Lunatic asylums Burma 1907-21 - 1907-1921
Year: 1907
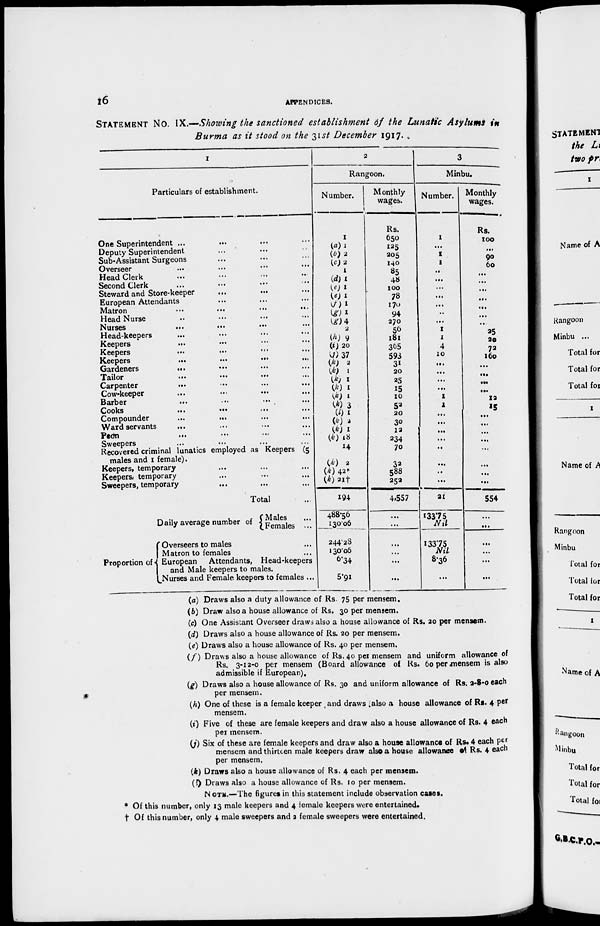
16
APPENDICES.
STATEMENT No. IX.—Showing the sanctioned establishment of the Lunatic Asylums in
Burma as it stood on the 31st December 1917.
1
Particulars of establishment.
One Superintendent ... ... ... ...
Deputy Superintendent ... ... ...
Sub-Assistant Surgeons
...
...
...
Overseer ... ... ... ...
Head Clerk
...
...
...
...
Second Clerk ... ... ... ...
Steward and Store-keeper ... ... ...
European Attendants ... ... ...
Matron ... ... ... ...
Head Nurse ... ... ... ...
Nurses ... ... ... ...
Head-keepers ... ... ... ...
Keepers ... ... ... ...
Keepers ... ... ... ...
Keepers
...
...
...
...
Gardeners
... ... ... ...
Tailor ... ... ... ...
Carpenter ... ... ... ...
Cow-keeper ... ... ... ...
Barber ... ... ... ...
Cooks
... ... ... ...
Compounder
... ... ... ...
Ward servants
... ... ... ...
Peon
... ... ... ...
Sweepers
...
...
...
...
Recovered criminal lunatics employed as Keepers (5
males and 1 female).
Keepers, temporary ... ... ...
Keepers, temporary ... ... ...
Sweepers, temporary ... ... ...
Total ...
Daily average number of
Proportion of
Males ...
Females ...
Overseers to males ...
Matron to females ...
European Attendants, Head-keepers
and Male keepers to males.
Nurses and Female keepers to females ...
2
Rangoon.
Number.
1
(a) 1
(b) 2
(c) 2
1
(d) 1
(e) 1
(e) 1
(f) 1
(g) 1
(g) 4
2
(h) 9
(i) 20
(j) 37
(k) 2
(k) 1
(k) 1
(k) 1
(k) 1
(k) 3
(k) 1
(k) 2
(k) 1
(k) 18
14
(k) 2
(k) 42*
(k) 21†
194
488.56
130.06
244.28
130.06
6.34
5.91
Monthly
wages.
Rs.
650
125
205
140
85
48
100
78
170
94
270
56
181
365
593
31
20
25
15
10
52
20
30
12
234
70
32
588
252
4,557
...
...
...
...
...
...
3
Minbu.
Number.
1
...
1
1
...
...
...
...
...
...
...
1
1
4
10
...
...
...
...
1
1
...
...
...
...
...
...
...
...
21
133.75
Nil
133.75
Nil
8.36
...
Monthly
wages.
Rs.
100
...
90
60
...
...
...
...
...
...
...
25
20
72
160
...
...
...
...
12
15
...
...
...
...
...
...
...
...
554
...
...
...
...
...
...
(a) Draws also a duty allowance of Rs. 75 per mensem.
(b) Draw also a house allowance of Rs. 30 per mensem.
(c) One Assistant Overseer draws also a house allowance of Rs. 20 per mensem.
(d) Draws also a house allowance of Rs. 20 per mensem.
(e) Draws also a house allowance of Rs. 40 per mensem.
(f) Draws also a house allowance of Rs. 40 per mensem and uniform allowance of
Rs. 3-12-0 per mensem (Board allowance of Rs. 60 per mensem is also
admissible if European).
(g) Draws also a house allowance of Rs. 30 and uniform allowance of Rs. 2-8-0 each
per mensem.
(h) One of these is a female keeper and draws also a house allowance of Rs. 4 per
mensem.
(i) Five of these are female keepers and draw also a house allowance of Rs. 4 each
per mensem.
(j) Six of these are female keepers and draw also a house allowance of Rs. 4 each per
mensem and thirteen male keepers draw also a house allowance of Rs. 4 each
per mensem.
(k) Draws also a house allowance of Rs. 4 each per mensem.
(l) Draws also a house allowance of Rs. 10 per mensem.
NOTE.—The figures in this statement include observation cases.
* Of this number, only 13 male keepers and 4 female keepers were entertained.
† Of this number, only 4 male sweepers and 2 female sweepers were entertained.